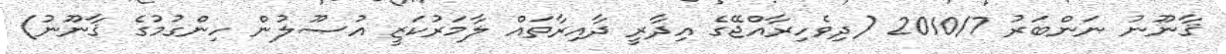
ޤާނޫނު ނަންބަރު 2010/7 (ދިވެހިރާއްޖޭގެ އިދާރީ ދާއިރާތައް ލާމަރުކަޒީ އުޞޫލުން ހިންގުމުގެ ޤާނޫނު)